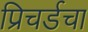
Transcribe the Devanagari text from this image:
प्रिचर्डचा